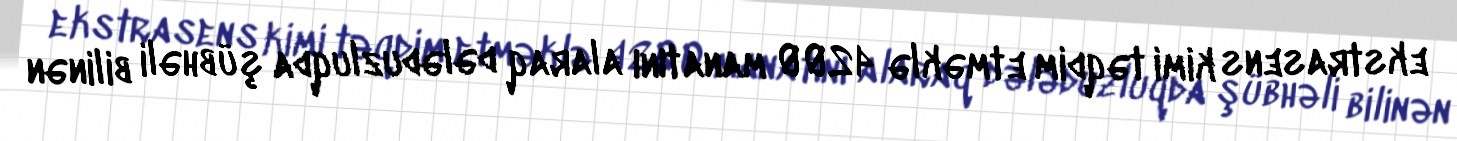
ekstrasens kimi təqdim etməklə 4200 manatını alaraq dələduzluqda şübhəli bilinən